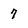
Character: 7